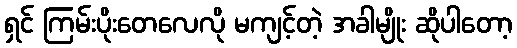
ရှင် ကြမ်းပိုးတေလေလို မကျင့်တဲ့ အခါမျိုး ဆိုပါတော့